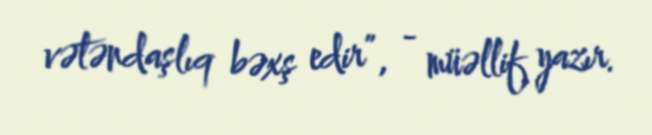
vətəndaşlıq bəxş edir”, - müəllif yazır.